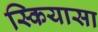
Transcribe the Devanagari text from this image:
स्कियासा